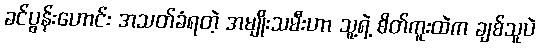
ခင်ပွန်းဟောင်း အသတ်ခံရတဲ့ အမျိုးသမီးဟာ သူ့ရဲ့ စိတ်ကူးထဲက ချစ်သူပဲ